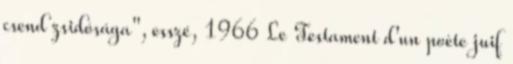
csend zsidósága", esszé, 1966 Le Testament d'un poète juif